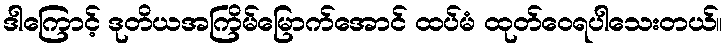
ဒါကြောင့် ဒုတိယအကြိမ်မြောက်အောင် ထပ်မံ ထုတ်ဝေရပါသေးတယ်။